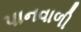
પાનવાળી